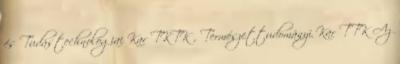
és Tudástechnológiai Kar TKTK , Természettudományi Kar TTK Az